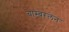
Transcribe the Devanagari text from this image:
चाम्बरलेन